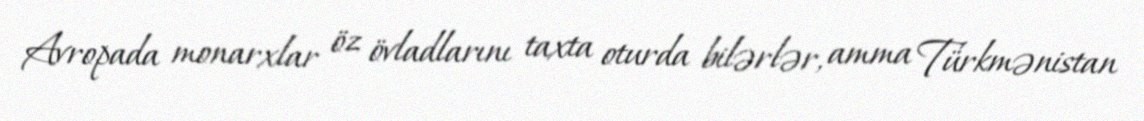
Avropada monarxlar öz övladlarını taxta oturda bilərlər, amma Türkmənistan